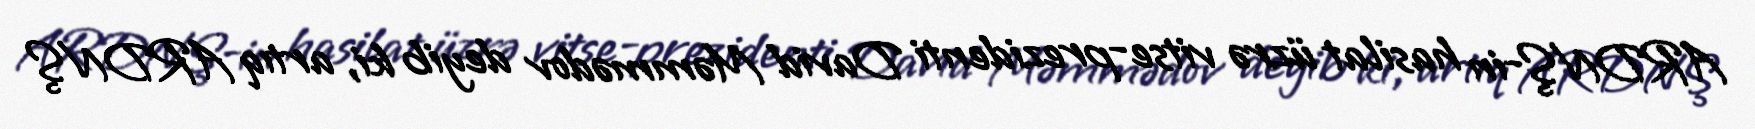
ARDNŞ-in hasilat üzrə vitse-prezidenti David Məmmədov deyib ki, artıq ARDNŞ